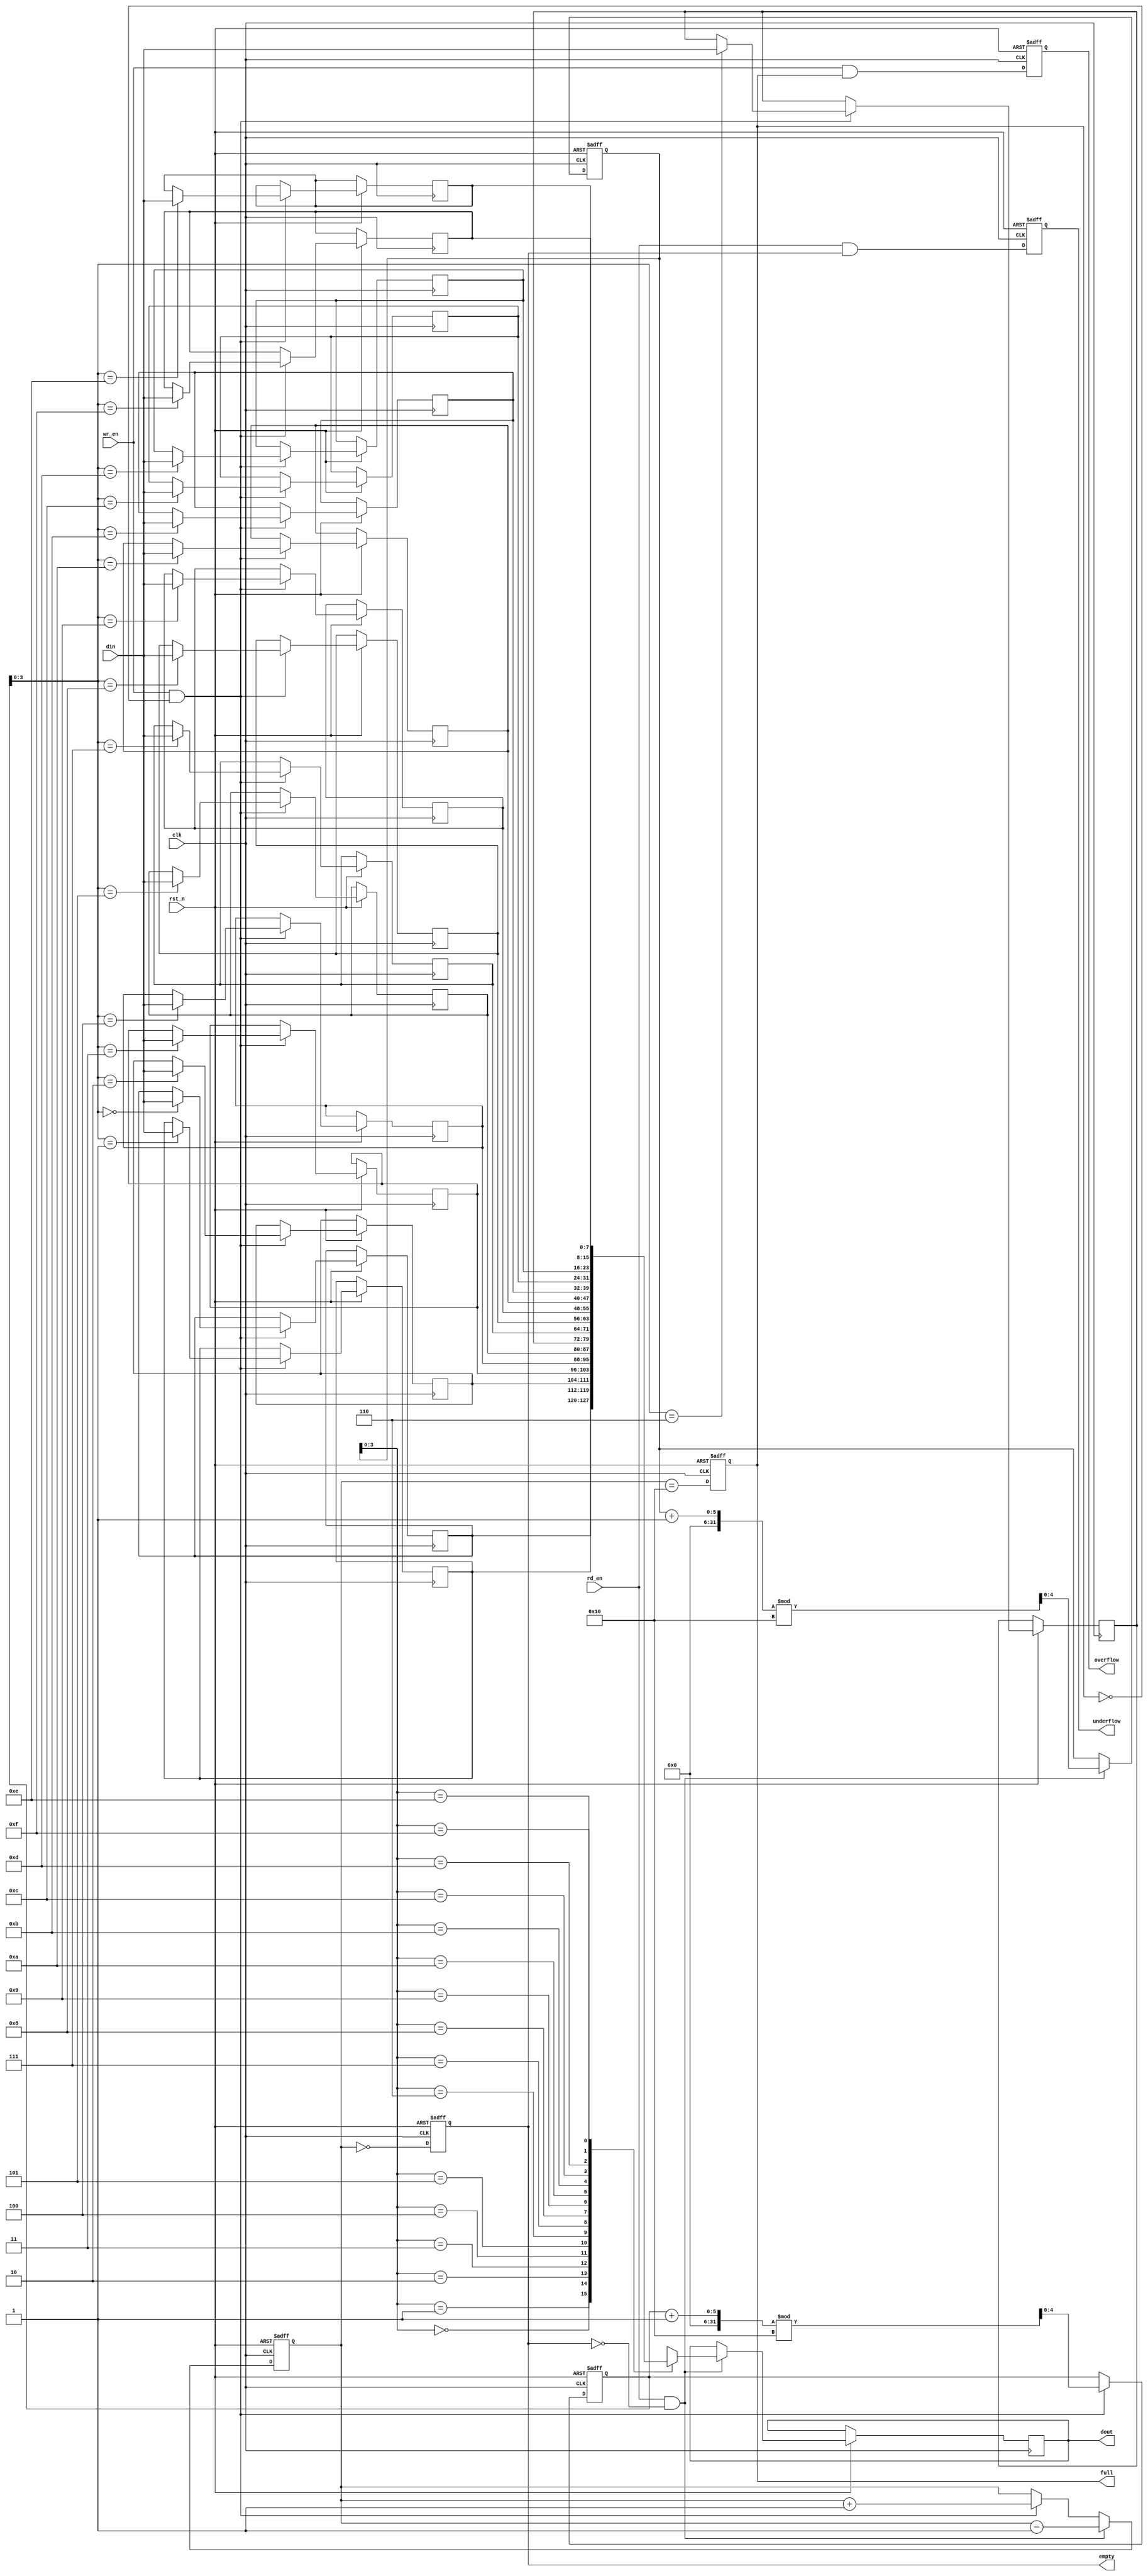
module parameterized_fifo #(
    parameter DATA_WIDTH = 8,   // Width of data in bits
    parameter FIFO_DEPTH = 16    // Number of entries in FIFO
)(
    input wire clk,              // Clock signal
    input wire rst_n,            // Asynchronous reset (active low)
    input wire wr_en,            // Write enable
    input wire rd_en,            // Read enable
    input wire [DATA_WIDTH-1:0] din, // Data input
    output reg [DATA_WIDTH-1:0] dout, // Data output
    output reg full,             // FIFO full flag
    output reg empty,            // FIFO empty flag
    output reg overflow,         // Overflow flag
    output reg underflow         // Underflow flag
);

    // Internal signals
    reg [DATA_WIDTH-1:0] fifo [0:FIFO_DEPTH-1]; // FIFO memory array
    reg [$clog2(FIFO_DEPTH):0] wr_ptr;          // Write pointer
    reg [$clog2(FIFO_DEPTH):0] rd_ptr;          // Read pointer
    reg [$clog2(FIFO_DEPTH):0] count;           // Number of elements in FIFO

    // Reset logic
    always @(posedge clk or negedge rst_n) begin
        if (!rst_n) begin
            wr_ptr <= 0;
            rd_ptr <= 0;
            count <= 0;
            full <= 0;
            empty <= 1;
            overflow <= 0;
            underflow <= 0;
        end else begin
            // Write logic
            if (wr_en && !full) begin
                fifo[wr_ptr] <= din;                // Write data to FIFO
                wr_ptr <= (wr_ptr + 1) % FIFO_DEPTH; // Increment write pointer
                count <= count + 1;                 // Increment count
                empty <= 0;                          // Not empty anymore
            end
            
            // Read logic
            if (rd_en && !empty) begin
                dout <= fifo[rd_ptr];                // Read data from FIFO
                rd_ptr <= (rd_ptr + 1) % FIFO_DEPTH; // Increment read pointer
                count <= count - 1;                  // Decrement count
                full <= 0;                            // Not full anymore
            end

            // Update full and empty flags
            full <= (count == FIFO_DEPTH);
            empty <= (count == 0);
            
            // Handle overflow and underflow
            overflow <= wr_en && full;
            underflow <= rd_en && empty;
        end
    end

endmodule